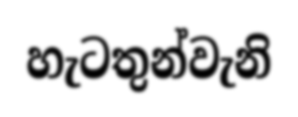
හැටතුන්වැනි